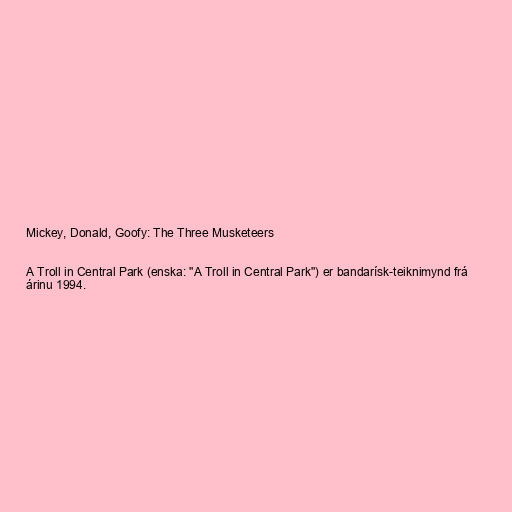
Mickey, Donald, Goofy: The Three Musketeers

A Troll in Central Park (enska: "A Troll in Central Park") er bandarísk-teiknimynd frá
árinu 1994.